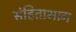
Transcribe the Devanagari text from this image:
संहिताभाग